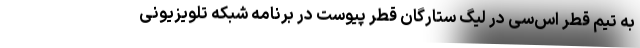
به تیم قطر‌ اس‌سی در لیگ ستارگان قطر پیوست در برنامه شبکه تلویزیونی